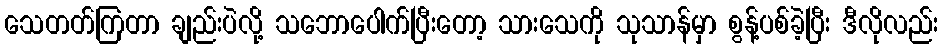
သေတတ်ကြတာ ချည်းပဲလို့ သဘောပေါက်ပြီးတော့ သားသေကို သုသာန်မှာ စွန့်ပစ်ခဲ့ပြီး ဒီလိုလည်း